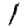
Digit: 1